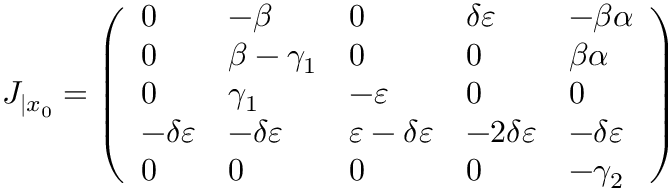
J _ { | x _ { 0 } } = \left( \begin{array} { l l l l l } { 0 } & { - \beta } & { 0 } & { \delta \varepsilon } & { - \beta \alpha } \\ { 0 } & { \beta - \gamma _ { 1 } } & { 0 } & { 0 } & { \beta \alpha } \\ { 0 } & { \gamma _ { 1 } } & { - \varepsilon } & { 0 } & { 0 } \\ { - \delta \varepsilon } & { - \delta \varepsilon } & { \varepsilon - \delta \varepsilon } & { - 2 \delta \varepsilon } & { - \delta \varepsilon } \\ { 0 } & { 0 } & { 0 } & { 0 } & { - \gamma _ { 2 } } \end{array} \right)